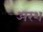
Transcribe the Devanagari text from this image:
अरश